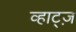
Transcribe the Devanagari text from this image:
व्हाट्ज़